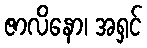
ဇာလိနော၊ အရှင်